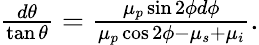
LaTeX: \begin{array}{r}{\frac{d\theta}{\tan\theta}=\frac{\mu_{p}\sin 2\phi d\phi}{\mu_{p}\cos 2\phi-\mu_{s}+\mu_{i}}.}\end{array}